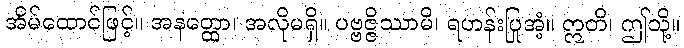
အိမ်ထောင်ဖြင့်။ အနတ္ထော၊ အလိုမရှိ။ ပဗ္ဗဇ္ဇိဿာမိ၊ ရဟန်းပြုအံ့။ ဣတိ၊ ဤသို့။